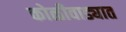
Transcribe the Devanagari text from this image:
कोळीवाड्यात